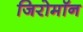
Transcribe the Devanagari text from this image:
जिरोमॉन